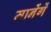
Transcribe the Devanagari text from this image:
मानेंगें